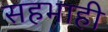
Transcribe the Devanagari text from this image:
सहभाही